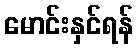
မောင်းနှင်ရန်